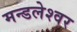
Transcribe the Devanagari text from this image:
मन्डलेश्वर